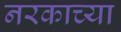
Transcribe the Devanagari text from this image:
नरकाच्या